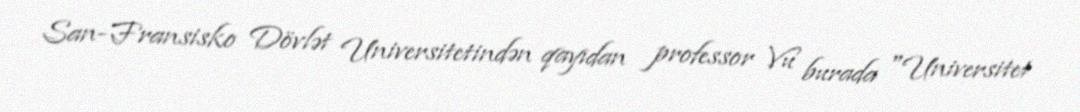
San-Fransisko Dövlət Universitetindən qayıdan professor Vu burada "Universitet